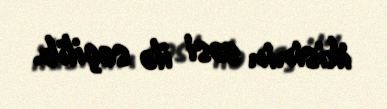
ikisinin səsi ilə seçilib.